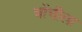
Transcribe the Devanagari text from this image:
चोंचीला